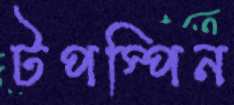
টপস্পিন